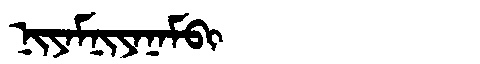
Manchu: ᠨᡳᠶᠠᠮᠨᡳᠶᠠᠨᠠᠮᠪᡳ
Romanization: NIYAMNIYANAMBI